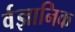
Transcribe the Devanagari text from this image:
र्वज्ञानिक